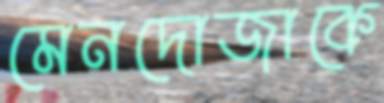
মেনদোজাকে